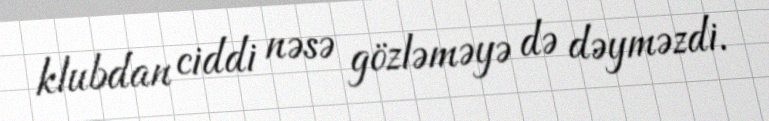
klubdan ciddi nəsə gözləməyə də dəyməzdi.